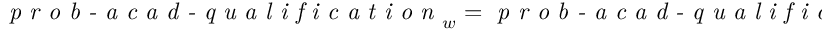
\textit { p r o b - a c a d - q u a l i f i c a t i o n } _ { w } = \textit { p r o b - a c a d - q u a l i f i c a t i o n } _ { b } = 1